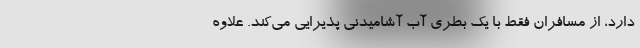
دارد، از مسافران فقط با یک بطری آب آشامیدنی پذیرایی می‌کند. علاوه